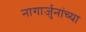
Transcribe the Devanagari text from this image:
नागार्जुनांच्या